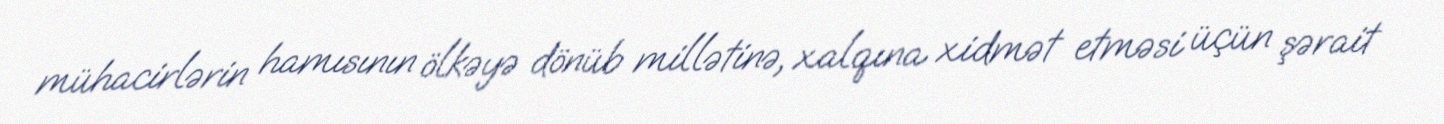
mühacirlərin hamısının ölkəyə dönüb millətinə, xalqına xidmət etməsi üçün şərait